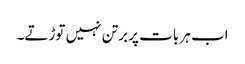
اب ہر بات پر برتن نہیں توڑتے۔